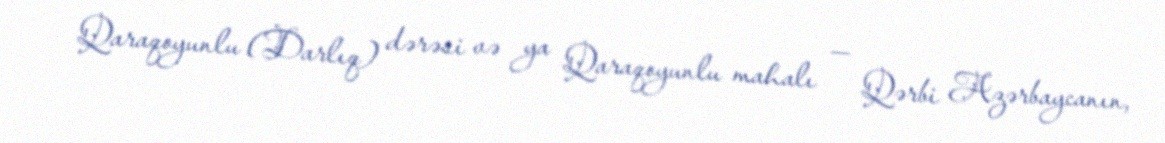
Qaraqoyunlu (Darlıq) dərəsi və ya Qaraqoyunlu mahalı — Qərbi Azərbaycanın,